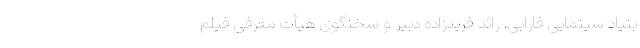
بنیاد سینمایی فارابی، رائد فریدزاده دبیر و سخنگوی هیأت معرفی فیلم